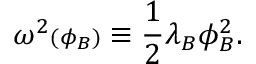
\omega ^ { 2 } { \scriptstyle ( \phi _ { B } ) } \equiv { \frac { 1 } { 2 } } \lambda _ { B } \phi _ { B } ^ { 2 } .